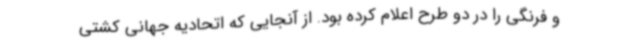
و فرنگی را در دو طرح اعلام کرده بود. از آنجایی که اتحادیه جهانی کشتی